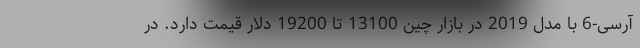
آرسی-6 با مدل 2019 در بازار چین 13100 تا 19200 دلار قیمت دارد. در